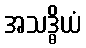
အသဒ္ဓိယံ